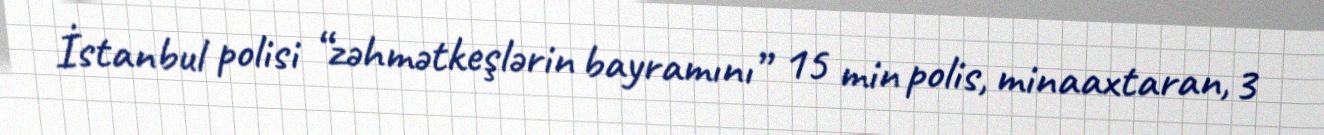
İstanbul polisi “zəhmətkeşlərin bayramını” 15 min polis, minaaxtaran, 3